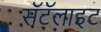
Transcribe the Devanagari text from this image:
सॅटॅलाइट